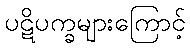
ပဋိပက္ခများကြောင့်